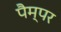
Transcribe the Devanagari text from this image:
पैम्पर